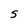
Character: S